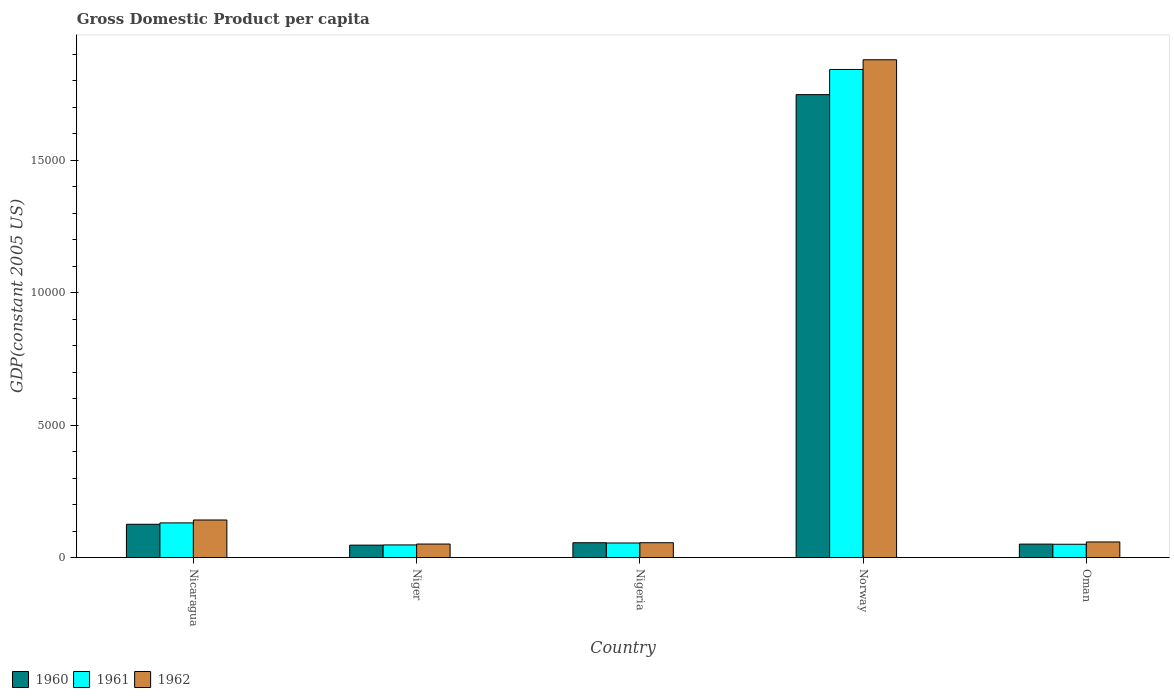
| Country | 1960 | 1961 | 1962 |
 | --- | --- | --- | --- |
 | Nicaragua | 1.26e+03 | 1.31e+03 | 1.42e+03 |
 | Niger | 468 | 476 | 510 |
 | Nigeria | 559 | 549 | 560 |
 | Norway | 1.75e+04 | 1.84e+04 | 1.88e+04 |
 | Oman | 507 | 501 | 588 |